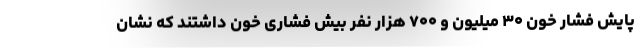
پایش فشار خون ۳۰ میلیون و ۷۰۰ هزار نفر بیش فشاری خون داشتند که نشان